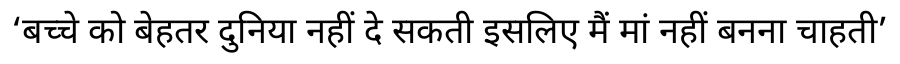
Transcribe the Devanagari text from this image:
‘बच्चे को बेहतर दुनिया नहीं दे सकती इसलिए मैं मां नहीं बनना चाहती’